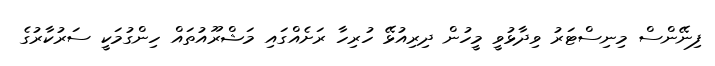
ފިނޭންސް މިނިސްޓަރު ވިދާޅުވީ މީހުން ދިރިއުޅޭ ހުރިހާ ރަށެއްގައި މަޝްރޫއުތައް ހިންގުމަކީ ސަރުކާރުގެ